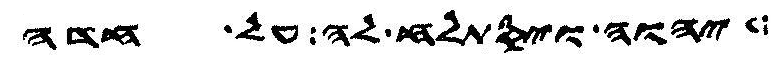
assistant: יהוה ויסתלח לה על חדה